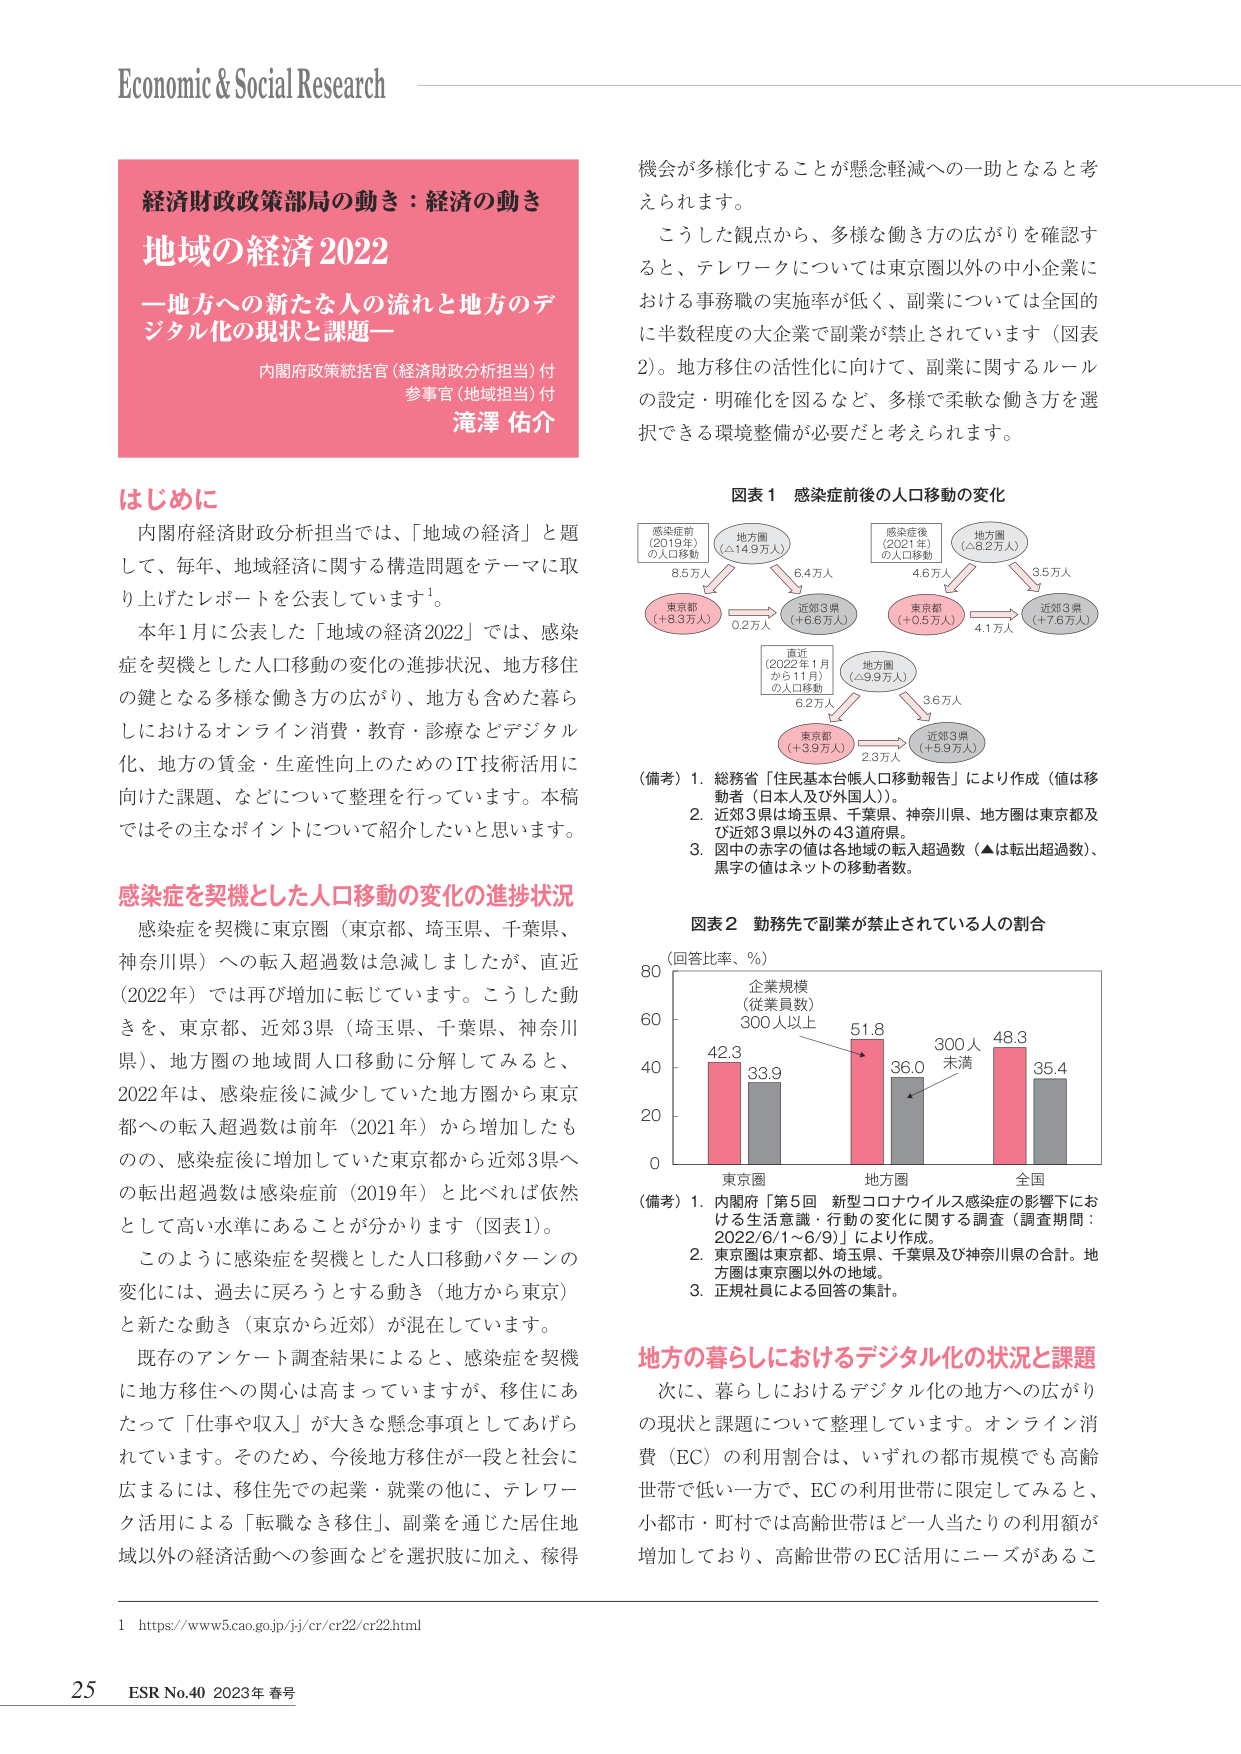
Economic & Social Research

経済財政政策部局の動き：経済の動き
地域の経済 2022
—地方への新たな人の流れと地方のデジタル化の現状と課題—
内閣府政策統括官（経済財政分析担当）付
参事官（地域担当）付
滝澤 佑介

はじめに
内閣府経済財政分析担当では、「地域の経済」と題して、毎年、地域経済に関する構造問題をテーマに取り上げたレポートを公表しています¹。
本年1月に公表した「地域の経済2022」では、感染症を契機とした人口移動の変化の進捗状況、地方移住の鍵となる多様な働き方の広がり、地方も含めた暮らしにおけるオンライン消費・教育・診療などデジタル化、地方の賃金・生産性向上のためのIT技術活用に向けた課題、などについて整理を行っています。本稿ではその主なポイントについてご紹介したいと思います。

感染症を契機とした人口移動の変化の進捗状況
感染症を契機に東京圏（東京都、埼玉県、千葉県、神奈川県）への転入超過数は急減しましたが、直近（2022年）では再び増加に転じています。こうした動きを、東京都、近郊3県（埼玉県、千葉県、神奈川県）、地方圏の地域間人口移動に分解してみると、2022年は、感染症後に減少していた地方圏から東京都への転入超過数は前年（2021年）から増加したものの、感染症後に増加していた東京都から近郊3県への転出超過数は感染症前（2019年）と比べれば依然として高い水準にあることが分かります（図表1）。
このように感染症を契機とした人口移動パターンの変化には、過去に戻ろうとする動き（地方から東京）と新たな動き（東京から近郊）が混在しています。
既存のアンケート調査結果によると、感染症を契機に地方移住への関心は高まっていますが、移住にあたって「仕事や収入」が大きな懸念事項としてあげられています。そのため、今後地方移住が一段と社会に広まるには、移住先での起業・就業の他に、テレワーク活用による「転職なき移住」、副業を通じた居住地域以外の経済活動への参画などを選択肢に加え、稼得機会が多様化することが懸念軽減への一助となると考えられます。
こうした観点から、多様な働き方の広がりを確認すると、テレワークについては東京圏以外の中小企業における事務職の実施率が低く、副業については全国的に半数程度の大企業で副業が禁止されています（図表2）。地方移住の活性化に向けて、副業に関するルールの設定・明確化を図るなど、多様で柔軟な働き方を選択できる環境整備が必要だと考えられます。

図表1 感染症前後の人ロ移動の変化
（感染症前（2019年）の人ロ移動）
地方圏（△14.9万人）
↓ 8.5万人
東京都（＋8.3万人） ←→ 0.2万人 → 近郊3県（＋6.5万人）
↓ 6.4万人
（感染症後（2021年）の人ロ移動）
地方圏（△8.2万人）
↓ 4.6万人
東京都（＋0.5万人） ←→ 4.1万人 → 近郊3県（＋7.6万人）
↓ 3.5万人
（直近（2022年1月から11月）の人ロ移動）
地方圏（△9.9万人）
↓ 6.2万人
東京都（＋3.9万人） ←→ 2.3万人 → 近郊3県（＋5.9万人）
↓ 3.6万人

（備考）1. 総務省「住民基本台帳人口移動報告」により作成（値は移動者［日本人及び外国人］）。
2. 近郊3県は埼玉県、千葉県、神奈川県、地方圏は東京都及び近郊3県以外の43道府県。
3. 図中の赤字の値は各地域の転入超過数（▲は転出超過数）、黒字の値はネットの移動者数。

図表2 勤務先で副業が禁止されている人の割合
（回答比率、％）
企業規模（従業員数）
300人以上
東京圏：42.3（赤） 33.9（灰）
地方圏：51.8（赤） 36.0（灰）
全国：48.3（赤） 35.4（灰）
300人未満

（備考）1. 内閣府「第5回 新型コロナウイルス感染症の影響下における生活意識・行動の変化に関する調査（調査期間：2022/6/1～6/9）」により作成。
2. 東京圏は東京都、埼玉県、千葉県及び神奈川県の合計。地方圏は東京圏以外の地域。
3. 正規社員による回答の集計。

地方の暮らしにおけるデジタル化の状況と課題
次に、暮らしにおけるデジタル化の地方への広がりの現状と課題について整理しています。オンライン消費（EC）の利用割合は、いずれの都市規模でも高齢世帯で低い一方で、ECの利用世帯に限定してみると、小都市・町村では高齢世帯は一人当たりの利用額が増加しており、高齢世帯のEC活用にニーズがあるこ

1 https://www5.cao.go.jp/jj/cr/cr22/cr22.html

25 ESR No.40 2023年 春号